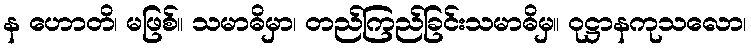
န ဟောတိ၊ မဖြစ်။ သမာဓိမှာ၊ တည်ကြည်ခြင်းသမာဓိမှ။ ဝုဋ္ဌာနကုသလော၊